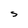
Character: S